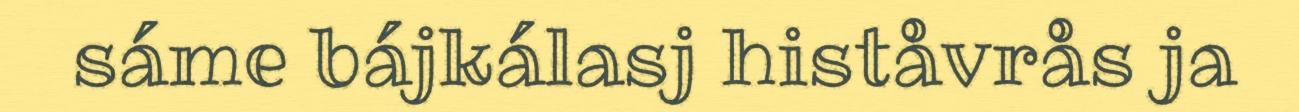
sáme bájkálasj histåvrås ja